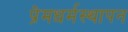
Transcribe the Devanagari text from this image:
प्रेमधर्मस्थापन